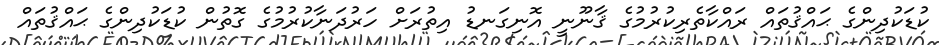
ކުޑަކުދިންގެ ޙައްޤުތައް ރައްކާތެރިކުރުމުގެ ޤާނޫނީ އޮނިގަނޑު އިތުރަށް ހަރުދަނާކުރުމުގެ ގޮތުން ކުޑަކުދިންގެ ޙައްޤުތައް